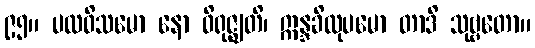
၉၅။ ပထဝိသမော နော ဝိရုဇ္ဈတိ၊ ဣန္ဒခိလုပမော တာဒိ သုဗ္ဗတော။